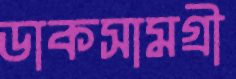
ডাকসামগ্রী